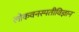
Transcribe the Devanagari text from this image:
लोकवनस्पतीविज्ञान